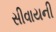
સીવાયની